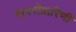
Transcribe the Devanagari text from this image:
नागरीप्रारिणी